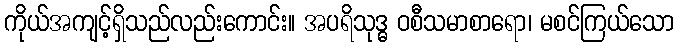
ကိုယ်အကျင့်ရှိသည်လည်းကောင်း။ အပရိသုဒ္ဓ ဝစီသမာစာရော၊ မစင်ကြယ်သော